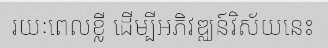
រយៈពេលខ្លី ដើម្បីអភិវឌ្ឈន៍វិស័យនេះ